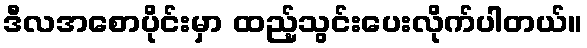
ဒီလအစောပိုင်းမှာ ထည့်သွင်းပေးလိုက်ပါတယ်။